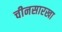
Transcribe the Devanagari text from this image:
चीनसारखा